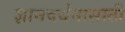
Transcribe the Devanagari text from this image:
ज्ञानवर्धनासाठी